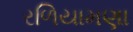
રળિયામણા